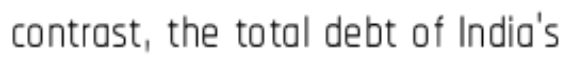
contrast, the total debt of India's